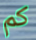
كم